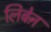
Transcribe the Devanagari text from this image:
लिबेऩ